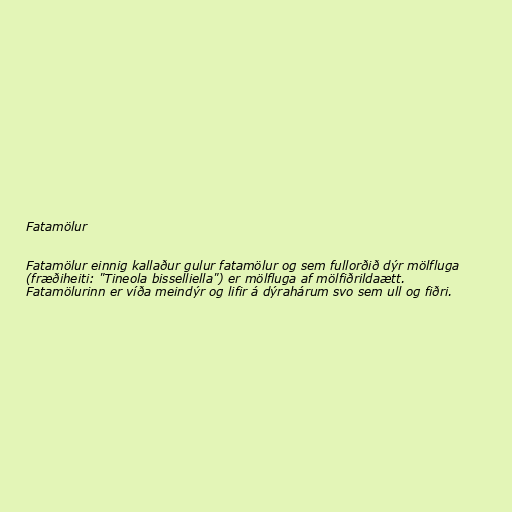
Fatamölur

Fatamölur einnig kallaður gulur fatamölur og sem fullorðið dýr mölfluga
(fræðiheiti: "Tineola bisselliella") er mölfluga af mölfiðrildaætt.
Fatamölurinn er víða meindýr og lifir á dýrahárum svo sem ull og fiðri.